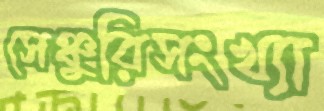
সেঞ্চুরিসংখ্যা